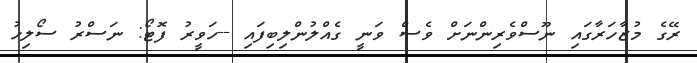
ރޭގެ މުޒާހަރާގައި ނޫސްވެރިންނަށް ވެސް ވަނީ ގެއްލުންލިބިފައި --ހަވީރު ފޮޓޯ: ނަސްރު ސޯލިހު